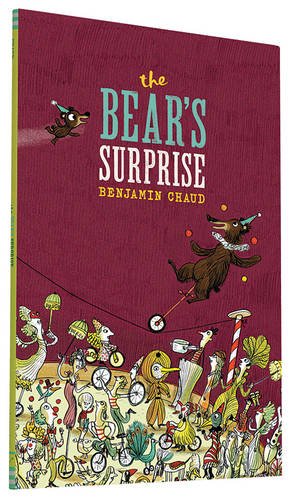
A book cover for The Bear's Surprise; Benjamin Chaud; Children's Books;